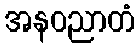
အနဝညာတံ